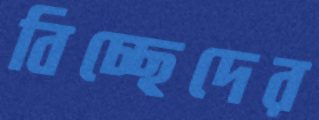
বিচ্ছেদের